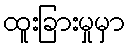
ထူးခြားမှုမှာ